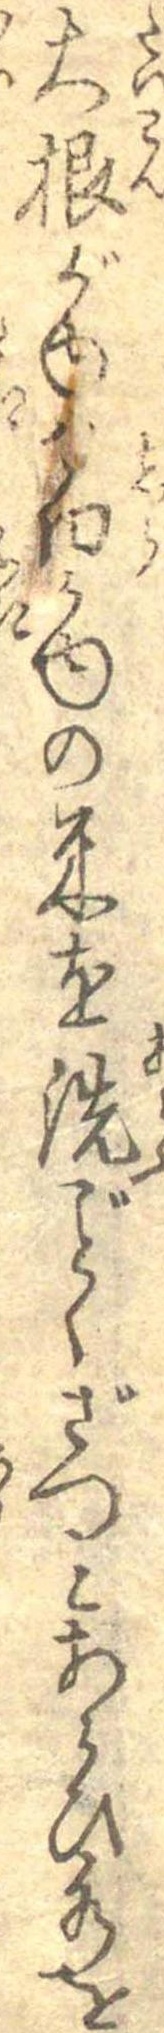
大根がゆは白かゆの米を洗ごとくざつとあらひ水を